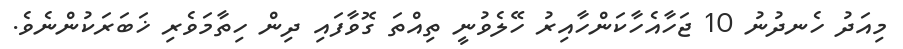
މިއަދު ހެނދުނު 10 ޖަހާއެހާކަންހާއިރު ހޭލެވުނީ ތިއްތަ ގޮވާފައި ދިން ހިތާމަވެރި ޚަބަރަކުންނެވެ.